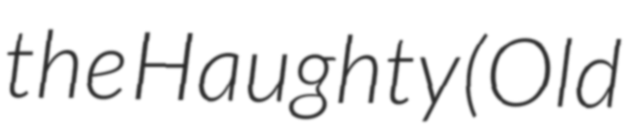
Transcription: the Haughty (Old